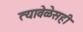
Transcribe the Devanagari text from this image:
त्यावेळेसही